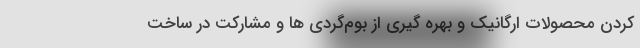
کردن محصولات ارگانیک و بهره ­گیری از بوم­گردی ­ها و مشارکت در ساخت